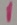
Text: 1